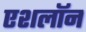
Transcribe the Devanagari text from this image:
एशलॉन